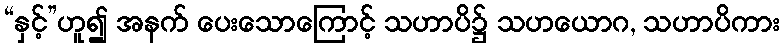
“နှင့်”ဟူ၍ အနက် ပေးသောကြောင့် သဟာပိ၌ သဟယောဂ, သဟာပိကား